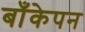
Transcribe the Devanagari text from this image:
बाँकेपन